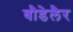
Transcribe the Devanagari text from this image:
बौडेलैर